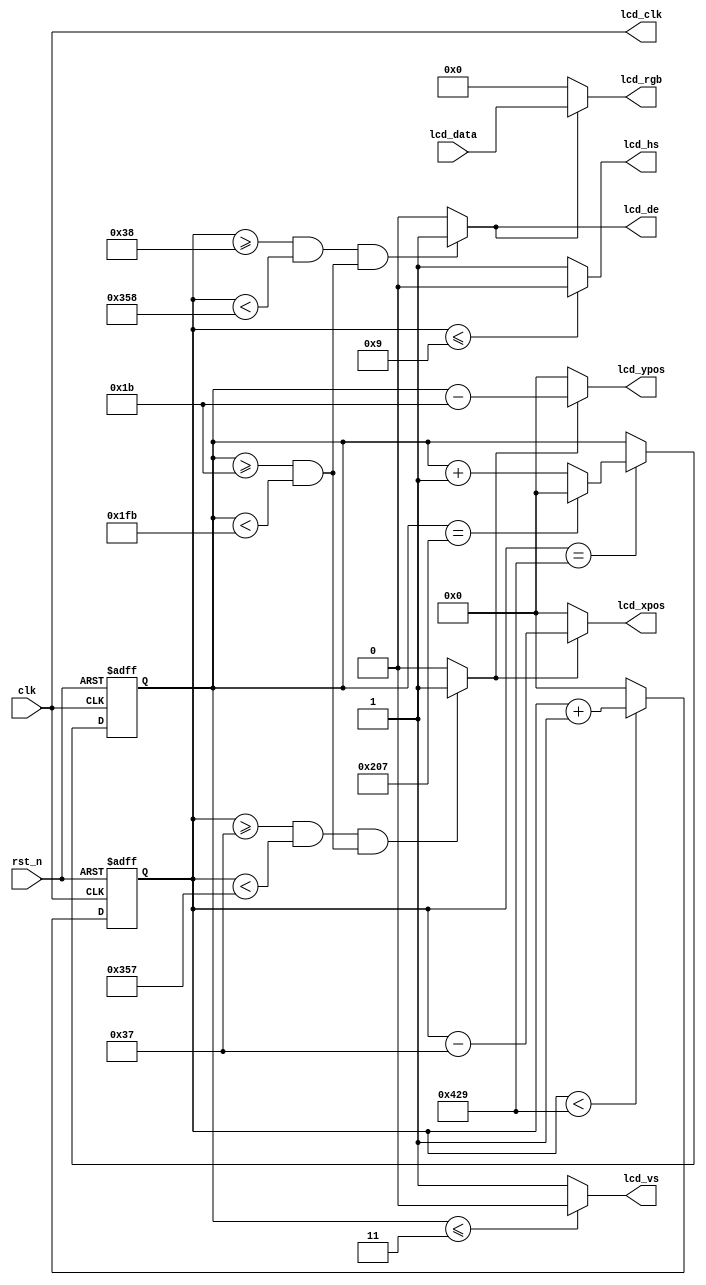
`timescale 1ns/1ns

/* Timing reference
************	clk		 	H_SYNC 		H_BACK 		H_DISP 		H_FRONT 	H_TOTAL 		V_SYNC 		V_BACK 		V_DISP 		V_FRONT 	V_TOTAL		*
480x272@60Hz	9MHz		4			23			480 		13			520     		4			15			272 		9			300		    *
800x480@60Hz	40MHz		10			46 			800 		210			1066			4			23			480 		13			520		    *
1024x768@60Hz	65MHz		136			160 		1024 		24 			1344			6			29			768 		3			806		    *
1280x720@60Hz	74.25MHz	40			220 		1280 		110			1650			5			20			720 		5			750		    *
1280x1024@60Hz	108MHz		112			248 		1280 		48 			1688			3			38			1024		1			1066	    *
1920x1080@60Hz	148.5MHz	44			148 		1920 		88 			2200			5			36			1080		4			1125	    *
*/	
module lcd_ctrl
(
	input  wire			clk,			//LCD_CTL clock
	input  wire			rst_n,     		//sync reset
	input  wire	[23:0]	lcd_data,		//lcd data
	
	//lcd interface
	output wire			lcd_clk,   		//lcd pixel clock
	output wire			lcd_hs,	    	//lcd horizontal sync
	output wire			lcd_vs,	    	//lcd vertical sync
	output wire			lcd_de,			//lcd display enable; 1:Display Enable Signal;0: Disable Ddsplay
	output wire	[23:0]	lcd_rgb,		//lcd display data

	//user interface
	output wire	[11:0]	lcd_xpos,		//lcd horizontal coordinate
	output wire	[11:0]	lcd_ypos		//lcd vertical coordinate
);

`define _800_480

`ifdef _1280_1024
	parameter H_SYNC = 112	; 		// Horizontal Sync count
	parameter H_BACK = 248	; 		// Back Porch
	parameter H_DISP = 1280 ; 		// Display Period
	parameter H_FRONT = 48	; 		// Front Porch
	parameter H_TOTAL = 1688; 		// Total Period
			
	parameter V_SYNC = 3	; 		// Vertical Sync count
	parameter V_BACK = 38	; 		// Back Porch
	parameter V_DISP = 1024 ; 		// Display Period
	parameter V_FRONT = 1	; 		// Front Porch
	parameter V_TOTAL = 1066;  		// Total Period
`endif

`ifdef _800_480
	parameter H_SYNC = 10	; 		// 
	parameter H_BACK = 46	; 		// 
	parameter H_DISP = 800	; 		// 
	parameter H_FRONT = 210 ; 		// 
	parameter H_TOTAL = 1066; 		// 
			
	parameter V_SYNC = 4	; 		// 
	parameter V_BACK = 23	; 		// 
	parameter V_DISP = 480	; 		// 
	parameter V_FRONT = 13	; 		// 
	parameter V_TOTAL = 520 ;  		// 
`endif

`ifdef _480_272
	parameter H_SYNC = 4	;
	parameter H_BACK = 23	;
	parameter H_DISP = 480	;
	parameter H_FRONT = 13	;
	parameter H_TOTAL = 520 ;
			
	parameter V_SYNC = 4	;
	parameter V_BACK = 15	;
	parameter V_DISP = 272	;
	parameter V_FRONT = 9	;
	parameter V_TOTAL = 300 ;
`endif

 
localparam	H_AHEAD = 	12'd1;

reg [11:0] hcnt; 
reg [11:0] vcnt;
wire lcd_request;

/*******************************************
		SYNC--BACK--DISP--FRONT
*******************************************/ 
//h_sync counter & generator
always @ (posedge clk or negedge rst_n)
begin
	if (!rst_n)
		hcnt <= 12'd0;
	else
	begin
        if(hcnt < H_TOTAL - 1'b1)		//line over			
            hcnt <= hcnt + 1'b1;
        else
            hcnt <= 12'd0;
	end
end 

assign	lcd_hs = (hcnt <= H_SYNC - 1'b1) ? 1'b0 : 1'b1; // line over flag

//v_sync counter & generator
always@(posedge clk or negedge rst_n)
begin
	if (!rst_n)
		vcnt <= 12'b0;
	else if(hcnt == H_TOTAL - 1'b1)	//line over
		begin
		if(vcnt == V_TOTAL - 1'b1)		//frame over
			vcnt <= 12'd0;
		else
			vcnt <= vcnt + 1'b1;
		end
end

assign	lcd_vs = (vcnt <= V_SYNC - 1'b1) ? 1'b0 : 1'b1; // frame over flag

// Control Display
assign	lcd_de		=	(hcnt >= H_SYNC + H_BACK  && hcnt < H_SYNC + H_BACK + H_DISP) &&
						(vcnt >= V_SYNC + V_BACK  && vcnt < V_SYNC + V_BACK + V_DISP) 
						? 1'b1 : 1'b0;                   // Display Enable Signal
						
assign	lcd_rgb 	= 	lcd_de ? lcd_data : 24'h000000;	

//ahead x clock
assign	lcd_request	=	(hcnt >= H_SYNC + H_BACK - H_AHEAD && hcnt < H_SYNC + H_BACK + H_DISP - H_AHEAD) &&
						(vcnt >= V_SYNC + V_BACK && vcnt < V_SYNC + V_BACK + V_DISP) 
						? 1'b1 : 1'b0;
//lcd xpos & ypos
assign	lcd_xpos	= 	lcd_request ? (hcnt - (H_SYNC + H_BACK - H_AHEAD)) : 12'd0;
assign	lcd_ypos	= 	lcd_request ? (vcnt - (V_SYNC + V_BACK)) : 12'd0;

assign lcd_clk = clk ;

endmodule